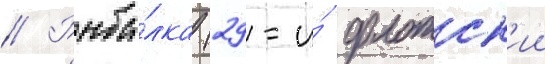
// Рыба́лка (29-и́ флотск'ии